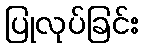
ပြုလုပ်ခြင်း